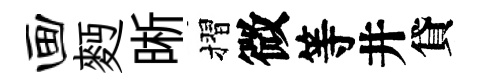
画麪晰摺微等井貸